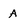
Character: A